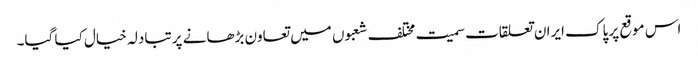
اس موقع پر پاک ایران تعلقات سمیت مختلف شعبوں میں تعاون بڑھانے پر تبادلہ خیال کیا گیا۔